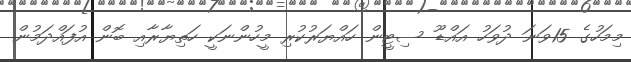
މިމަހުގެ 15ވަނަ ދުވަހު އައްޑޫ ސިޓީން ހައްޔަރުކުރި މީހުންނަކީ ހަތިޔާރާއި ބޮން އުފައްދަމުން